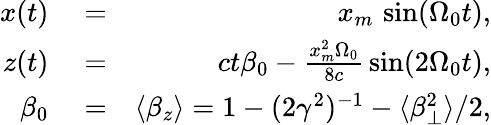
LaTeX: \begin{array}{rlr}{x(t)}&{{}=}&{x_{m}\, \sin(\Omega_{0}t),}\\ {z(t)}&{{}=}&{ct\beta_{0}-\frac{x_{m}^{2}\Omega_{0}}{8c}\, \sin(2\Omega_{0}t),}\\ {\beta_{0}}&{{}=}&{\langle\beta_{z}\rangle=1-(2\gamma^{2})^{-1}-\langle\beta_{\perp}^{2}\rangle/2,}\end{array}